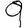
Digit: 9